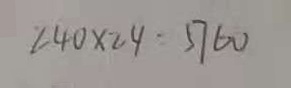
2 4 0 \times 2 4 = 5 7 6 0